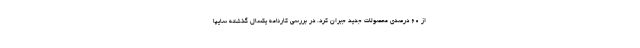
از ۶۰ درصدی محصولات جديد جبران کرد. در بررسي كارنامه يكسال گذشته سايپا